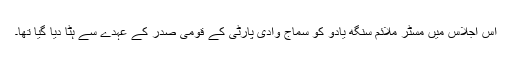
اس اجلاس میں مسٹر ملائم سنگھ یادو کو سماج وادی پارٹی کے قومی صدر کے عہدے سے ہٹا دیا گیا تھا۔